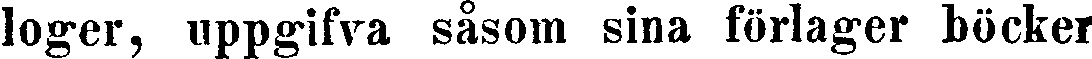
loger, uppgifva såsom sina förlager böcker